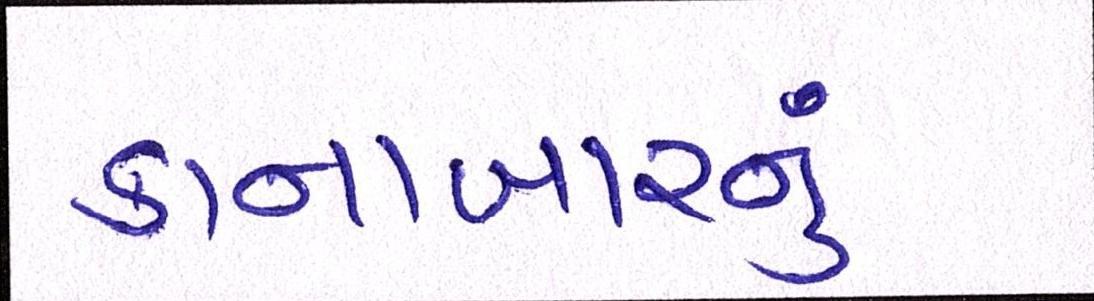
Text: કાનાબારનું